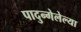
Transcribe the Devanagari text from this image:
पादुन्गेलेल्या